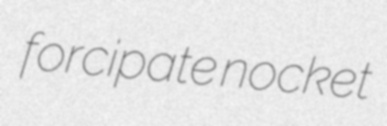
forcipate nocket